Vaccination in Bombay 1856-1862 - 1856-1862
Year: 1856
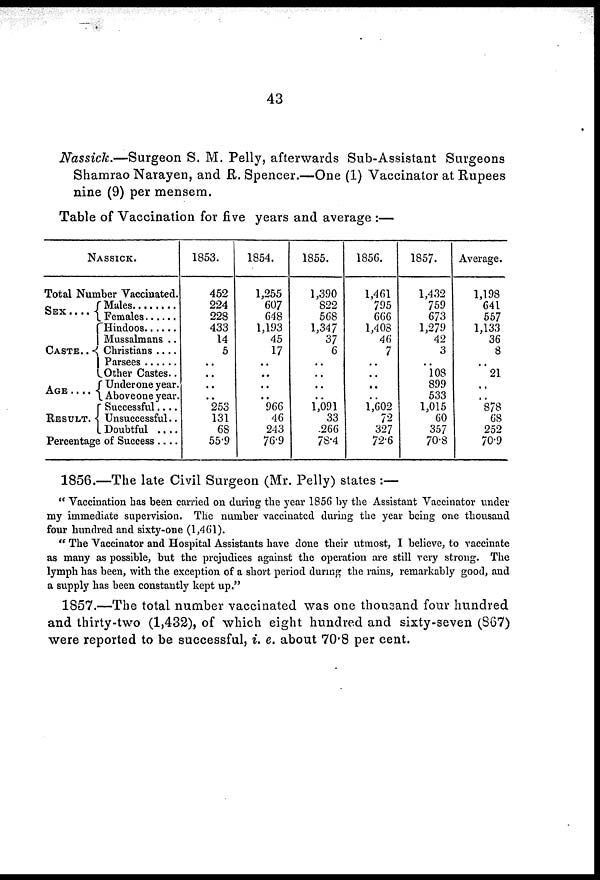
43
Nassick.—Surgeon S. M. Pelly, afterwards Sub-Assistant Surgeons
Shamrao Narayen, and R. Spencer.—One (1) Vaccinator at Rupees
nine (9) per mensem.
Table of Vaccination for five years and average :—
NASSICK.
Total Number Vaccinated.
SEX
. . . .
CASTE . . .
AGE . . . .
RESULT . .
Males . . . . .
Females . . . .
Hindoos . . . .
Mussalmans . .
Christians . . . .
Parsees . . . .
Other Castes . .
Under one year.
Above one year.
Successful . . .
Unsuccessful . .
Doubtful . . . .
Percentage of Success . . . .
1853.
452
224
228
433
14
5
..
..
..
..
253
131
68
55.9
1854.
1,255
607
648
1,193
45
17
..
..
..
..
966
46
243
76.9
1855.
1,390
822
568
1,347
37
6
..
..
..
..
1,091
33
266
78.4
1856.
1,461
795
666
1,408
46
7
..
..
..
..
1,602
72
327
72.6
1857.
1,432
759
673
1,279
42
3
..
108
899
533
1,015
60
357
70.8
Average.
1,198
641
557
1,133
36
8
..
21
..
..
878
68
252
70.9
1856.—The late Civil Surgeon (Mr. Pelly) states :—
" Vaccination has been carried on during the year 1856 by the Assistant Vaccinator under
my immediate supervision. The number vaccinated during the year being one thousand
four hundred and sixty-one (1,461).
" The Vaccinator and Hospital Assistants have done their utmost, I believe, to vaccinate
as many as possible, but the prejudices against the operation are still very strong. The
lymph has been, with the exception of a short period during the rains, remarkably good, and
a supply has been constantly kept up."
1857.—The total number vaccinated was one thousand four hundred
and thirty-two (1,432), of which eight hundred and sixty-seven (867)
were reported to be successful, i. e. about 70.8 per cent.